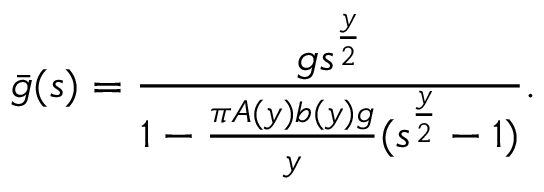
\bar { g } ( s ) = \frac { g s ^ { \frac { y } { 2 } } } { 1 - \frac { \pi A ( y ) b ( y ) g } { y } ( s ^ { \frac { y } { 2 } } - 1 ) } .